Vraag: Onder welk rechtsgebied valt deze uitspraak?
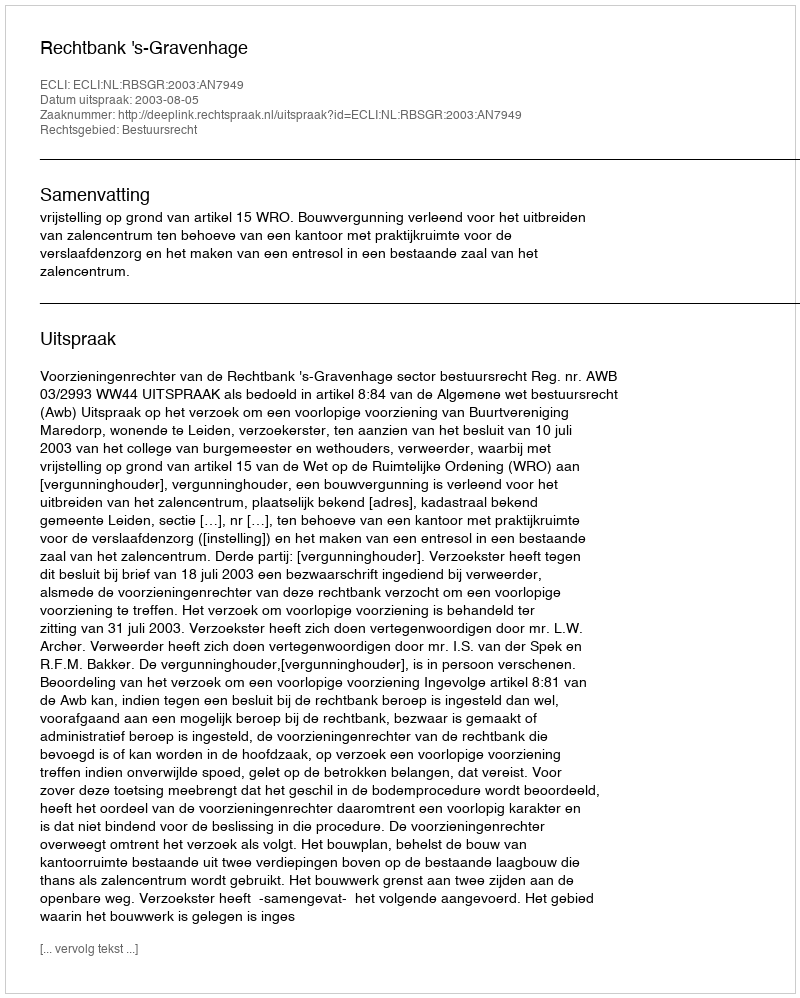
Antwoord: Bestuursrecht